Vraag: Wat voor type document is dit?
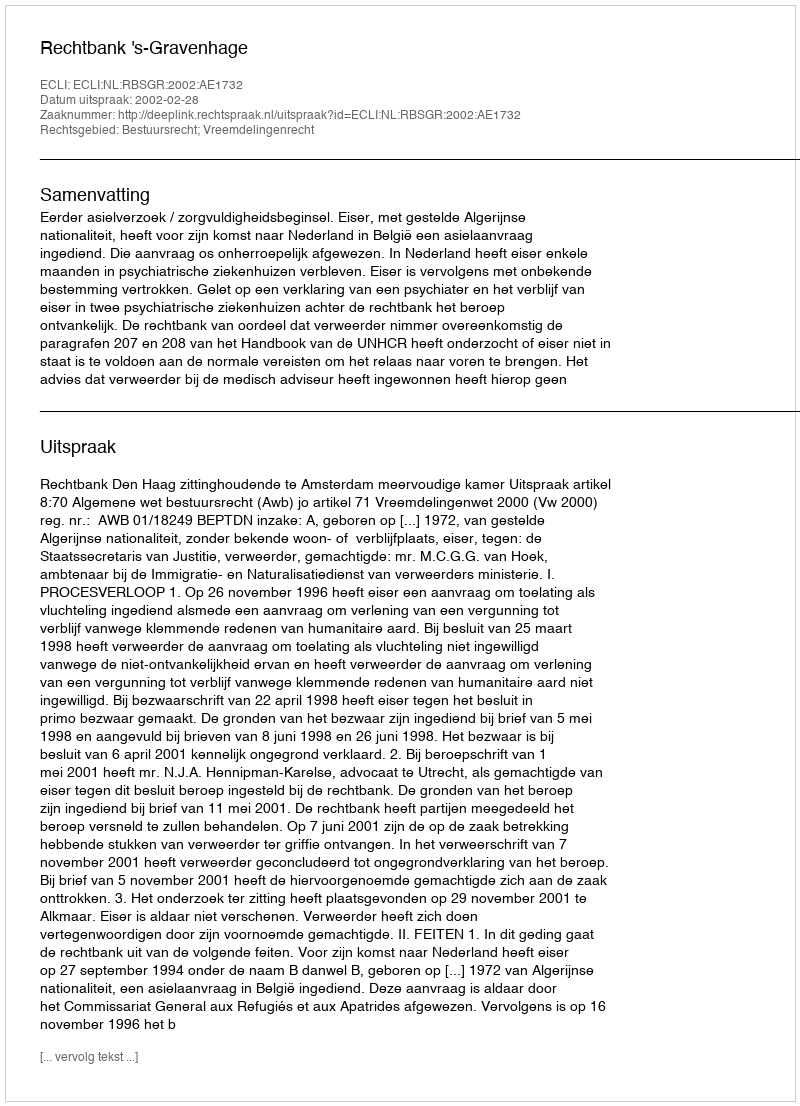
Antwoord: Uitspraak